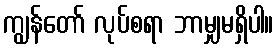
ကျွန်တော် လုပ်စရာ ဘာမျှမရှိပါ။